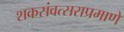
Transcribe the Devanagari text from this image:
शकसंवत्सराप्रमाणे